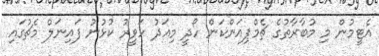
އެޓީމުން މި މުބާރާތުގެ ޗެމްޕިއަންކަން ހޯދީ މިއަދު ހަވީރު ކުޅުނު ފައިނަލް މެޗުގައި